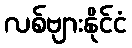
လစ်ဗျားနိုင်ငံ